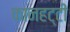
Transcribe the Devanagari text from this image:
कानहट्टी